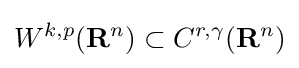
W^{k,p}(\mathbf {R} ^{n})\subset C^{r,\gamma }(\mathbf {R} ^{n})